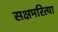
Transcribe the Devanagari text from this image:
सक्षमरित्या